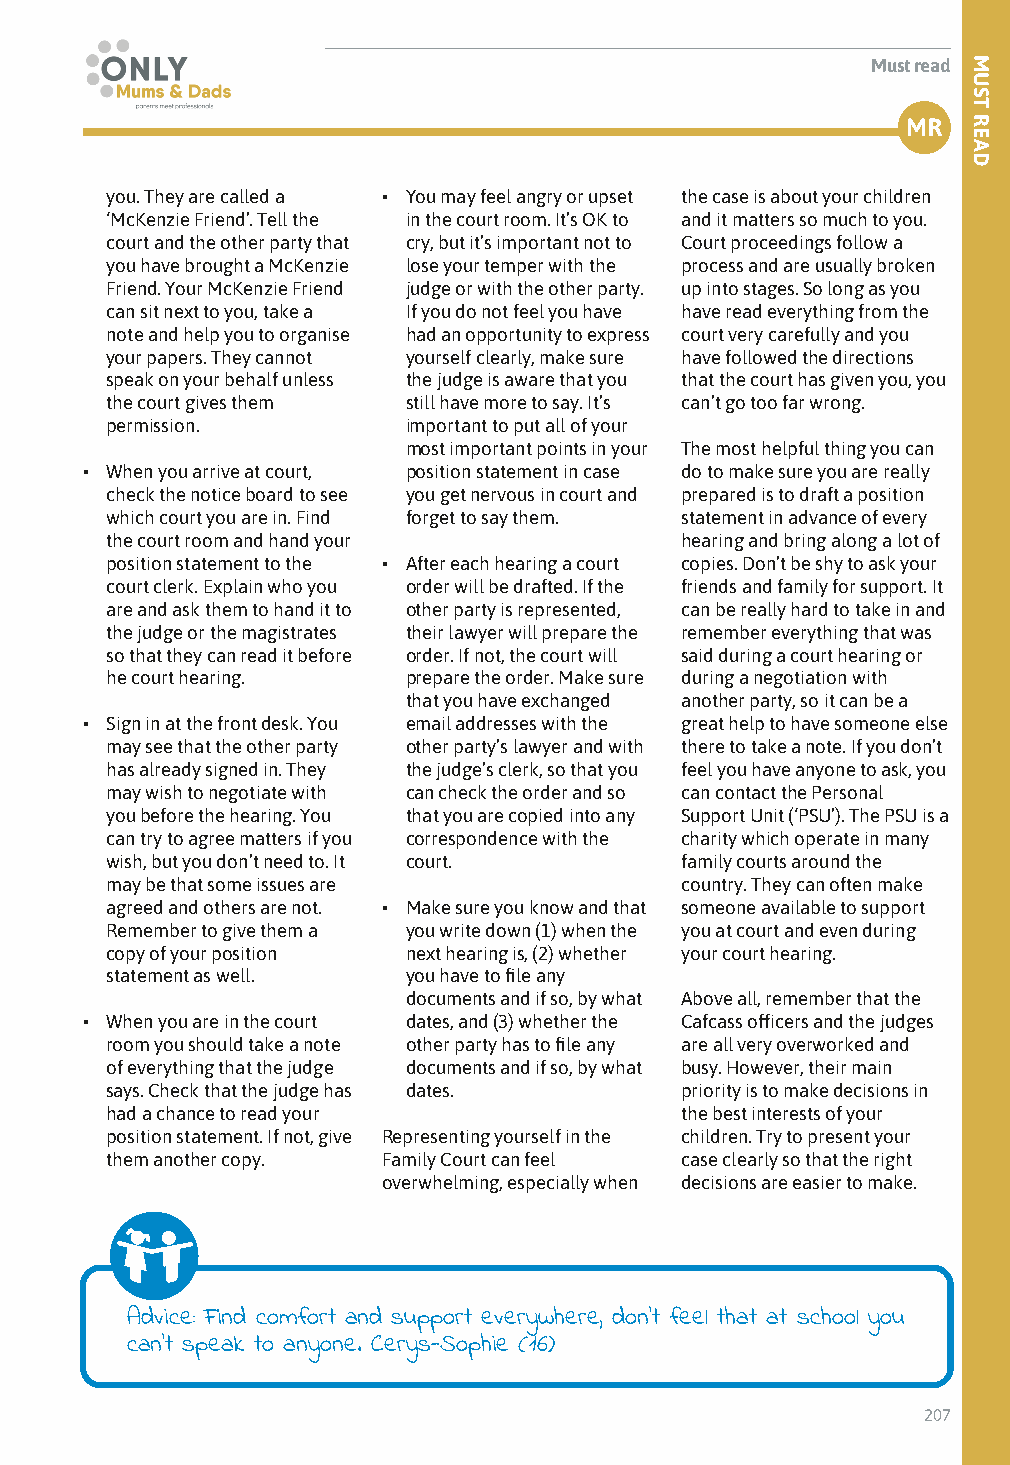
Must read
 MR
 you. They are called a • You may feel angry or upset the case is about your children
 ‘McKenzie Friend’. Tell the in the court room. It’s OK to and it matters so much to you.
 court and the other party that cry, but it’s important not to Court proceedings follow a
 you have brought a McKenzie lose your temper with the process and are usually broken
 Friend. Your McKenzie Friend judge or with the other party. up into stages. So long as you
 can sit next to you, take a If you do not feel you have have read everything from the
 note and help you to organise had an opportunity to express court very carefully and you
 your papers. They cannot yourself clearly, make sure have followed the directions
 speak on your behalf unless the judge is aware that you that the court has given you, you
 the court gives them still have more to say. It’s can’t go too far wrong.
 permission.         important to put all of your
 most important points in your The most helpful thing you can
 • When you arrive at court, position statement in case do to make sure you are really
 check the notice board to see you get nervous in court and prepared is to draft a position
 which court you are in. Find forget to say them. statement in advance of every
 the court room and hand your          hearing and bring along a lot of
 position statement to the • After each hearing a court copies. Don’t be shy to ask your
 court clerk. Explain who you order will be drafted. If the friends and family for support. It
 are and ask them to hand it to other party is represented, can be really hard to take in and
 the judge or the magistrates their lawyer will prepare the remember everything that was
 so that they can read it before order. If not, the court will said during a court hearing or
 he court hearing.   prepare the order. Make sure during a negotiation with
 that you have exchanged another party, so it can be a
 • Sign in at the front desk. You email addresses with the great help to have someone else
 may see that the other party other party’s lawyer and with there to take a note. If you don’t
 has already signed in. They the judge’s clerk, so that you feel you have anyone to ask, you
 may wish to negotiate with can check the order and so can contact the Personal
 you before the hearing. You that you are copied into any Support Unit (‘PSU’). The PSU is a
 can try to agree matters if you correspondence with the charity which operate in many
 wish, but you don’t need to. It court. family courts around the
 may be that some issues are           country. They can often make
 agreed and others are not. • Make sure you know and that someone available to support
 Remember to give them a you write down (1) when the you at court and even during
 copy of your position next hearing is, (2) whether your court hearing.
 statement as well.  you have to file any
 documents and if so, by what Above all, remember that the
 • When you are in the court dates, and (3) whether the Cafcass officers and the judges
 room you should take a note other party has to file any are all very overworked and
 of everything that the judge documents and if so, by what busy. However, their main
 says. Check that the judge has dates. priority is to make decisions in
 had a chance to read your             the best interests of your
 position statement. If not, give Representing yourself in the children. Try to present your
 them another copy. Family Court can feel case clearly so that the right
 overwhelming, especially when decisions are easier to make.
 Advice: Find comfort and support everywhere, don’t feel that at school you
 can’t speak to anyone. Cerys-Sophie (16)
 207
 MUST
 READ